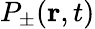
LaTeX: P_{\pm}(\mathbf{r},t)